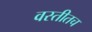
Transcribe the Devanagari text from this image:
वस्तीतच